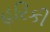
હરિકી